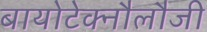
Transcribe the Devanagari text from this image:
बायोटेक्नौलौजी